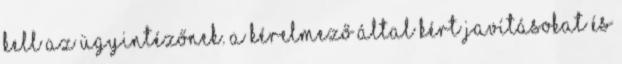
kell az ügyintézőnek. A kérelmező által kért javításokat és